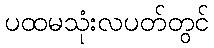
ပထမသုံးလပတ်တွင်